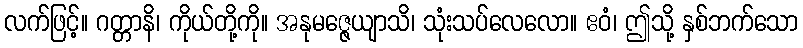
လက်ဖြင့်။ ဂတ္တာနိ၊ ကိုယ်တို့ကို။ အနုမဇ္ဇေယျာသိ၊ သုံးသပ်လေလော။ ဧဝံ၊ ဤသို့ နှစ်ဘက်သော